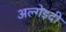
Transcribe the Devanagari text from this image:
अल्गेइदी